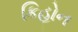
કિહોન